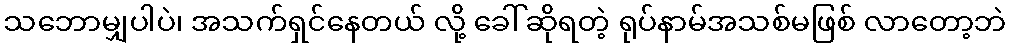
သဘောမျှပါပဲ၊ အသက်ရှင်နေတယ် လို့ ခေါ်ဆိုရတဲ့ ရုပ်နာမ်အသစ်မဖြစ် လာတော့ဘဲ